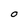
Character: O